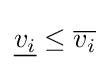
{\underline {v_{i}}}\leq {\overline {v_{i}}}